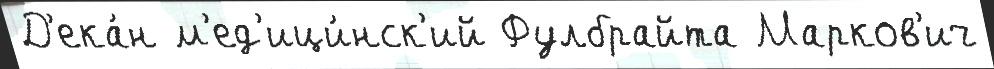
Д'ека́н м'ед'ици́нск'ий Фулбрайта Марков'ич